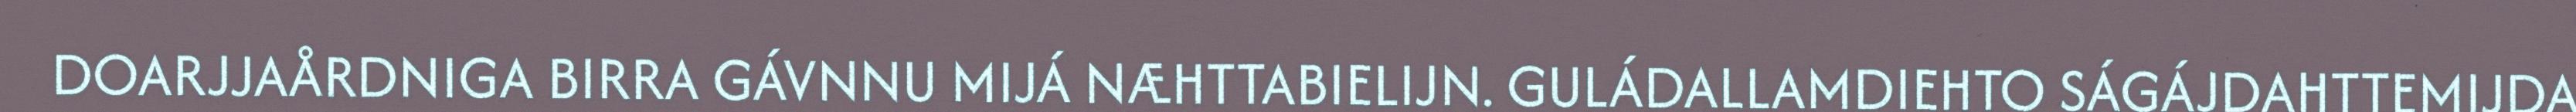
DOARJJAÅRDNIGA BIRRA GÁVNNU MIJÁ NÆHTTABIELIJN. GULÁDALLAMDIEHTO SÁGÁJDAHTTEMIJDA